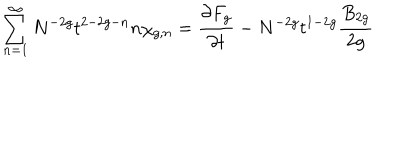
\sum _ { n = 1 } ^ { \infty } N ^ { - 2 g } t ^ { 2 - 2 g - n } n \chi _ { g , n } = { \frac { \partial F _ { g } } { \partial t } } - N ^ { - 2 g } t ^ { 1 - 2 g } { \frac { B _ { 2 g } } { 2 g } }